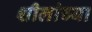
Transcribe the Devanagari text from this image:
शीलांच्या